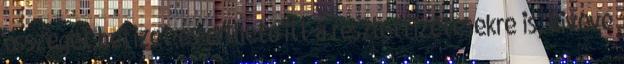
összeget befizet és érthető itt a részletfizetésekre is, kivéve